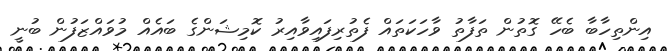
އިންތިހާބާ ބެހޭ ގޮތުން ތަފާތު ވާހަކަތައް ފެތުރިފައިވާއިރު ކޮމިޝަންގެ ބައެއް މުވައްޒަފުން ބުނީ